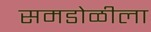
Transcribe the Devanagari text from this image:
समडोळीला